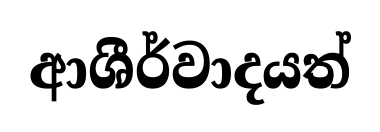
ආශීර්වාදයත්